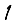
Digit: 1